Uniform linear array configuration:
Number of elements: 48
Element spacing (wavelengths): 0.5
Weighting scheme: exponential
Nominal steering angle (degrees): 60
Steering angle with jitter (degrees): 60.95
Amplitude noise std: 0.05
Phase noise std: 0.05

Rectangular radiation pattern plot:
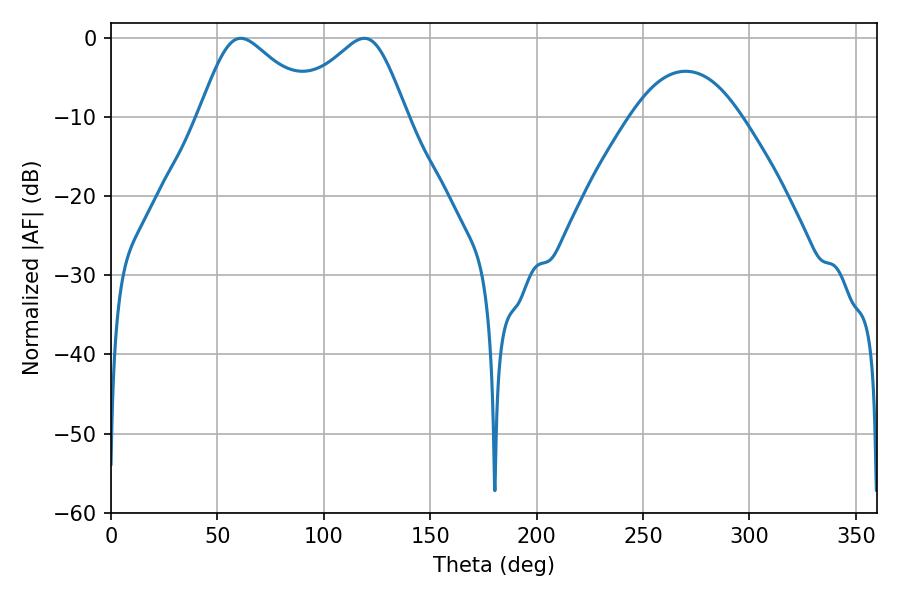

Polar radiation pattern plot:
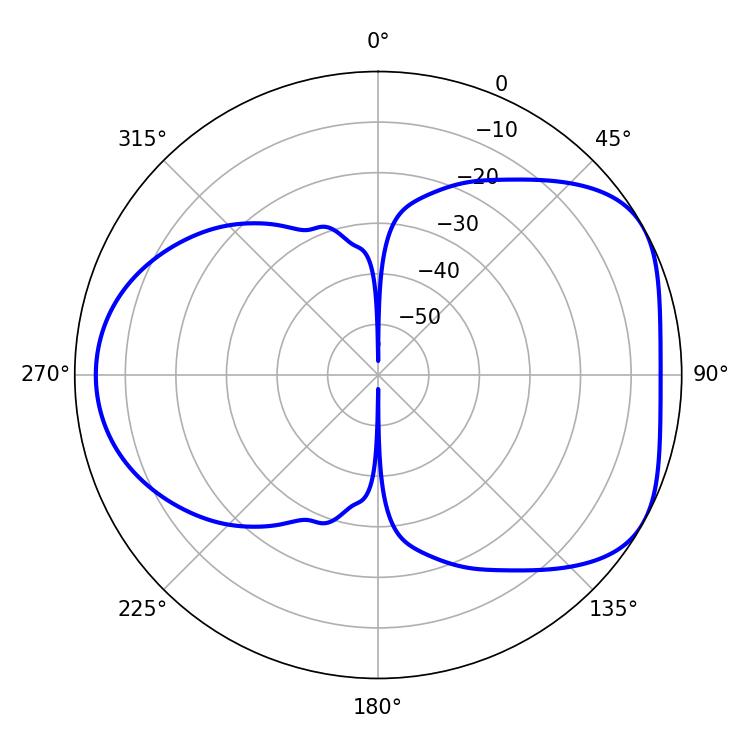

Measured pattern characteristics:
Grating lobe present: FALSE
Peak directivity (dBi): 4.85
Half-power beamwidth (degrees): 27.18
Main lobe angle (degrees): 61.02